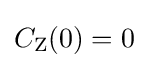
C_{\mathrm {Z} }(0)=0